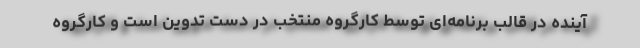
آینده در قالب برنامه‌ای توسط کارگروه منتخب در دست تدوین است و کارگروه